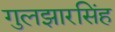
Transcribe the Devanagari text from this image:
गुलझारसिंह